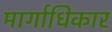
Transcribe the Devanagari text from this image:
मार्गाधिकार